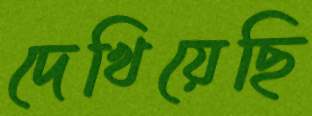
দেখিয়েছি